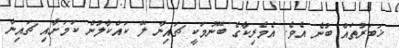
ޚަބަރުތައް ބުނެ އެވެ. އެމެރިކާގެ ބޭނުމަކީ ޗައިނާ ލޭ ކައްކާލުން ކަމަށާއި ޗައިނާ